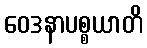
ဝေဒနာပစ္စယာတိ